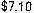
$7.10